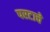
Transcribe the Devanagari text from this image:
परटाचे